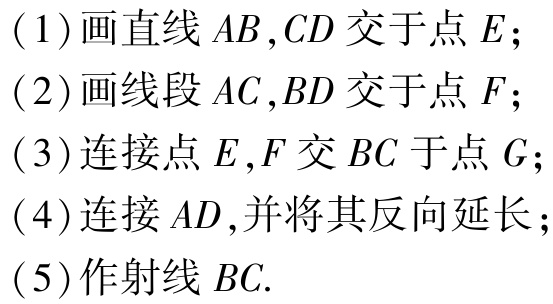
(1) 画直线 \(AB,CD\) 交于点 \(E\)；

(2) 画线段 \(AC,BD\) 交于点 \(F\)；

(3) 连接点 \(E,F\) 交 \(BC\) 于点 \(G\)；

(4) 连接 \(AD\),并将其反向延长；

(5) 作射线 \(BC\).